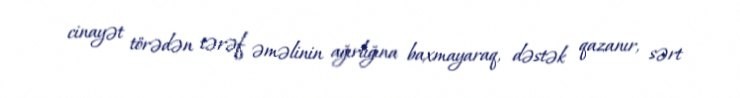
cinayət törədən tərəf əməlinin ağırlığına baxmayaraq, dəstək qazanır, sərt